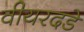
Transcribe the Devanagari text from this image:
वीयरदडे